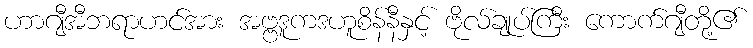
ဟာဂျီအီဘရာဟင်အား အဗ္ဗဒူကဒဟူစိန်နီနှင့် ဗိုလ်ချုပ်ကြီး ကောက်ဂျီတို့၏